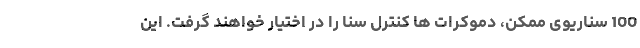
100 سناریوی ممکن، دموکرات ها کنترل سنا را در اختیار خواهند گرفت. این